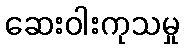
ဆေးဝါးကုသမှု